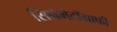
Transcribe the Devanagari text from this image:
सिनेमेटॉग्राफी